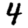
Digit: 4